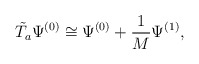
\begin{align*}\tilde{T_a} \Psi^{(0)} \cong \Psi^{(0)} + \frac{1}{M}\Psi^{(1)},\end{align*}